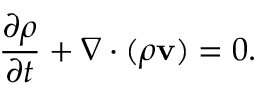
\frac { \partial \rho } { \partial t } + \nabla \cdot ( \rho \mathbf { v } ) = 0 .